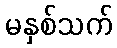
မနှစ်သက်